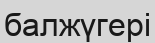
балжүгері